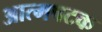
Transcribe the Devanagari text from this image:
आत्मषटक